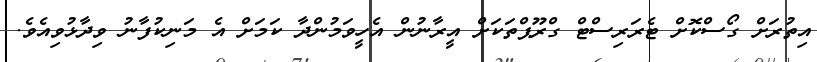
އިތުރަށް ގޯސްކޮށް ޓެރަރިސްޓް ގްރޫޕްތަކަށް އީރާނުން އެހީވަމުންދާ ކަމަށް އެ މަނިކުފާނު ވިދާޅުވިއެވެ.